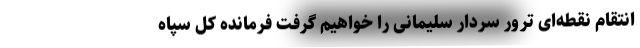
انتقام نقطه‌ای ترور سردار سلیمانی را خواهیم گرفت فرمانده کل سپاه